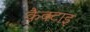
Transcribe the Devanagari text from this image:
कैक्टाइ